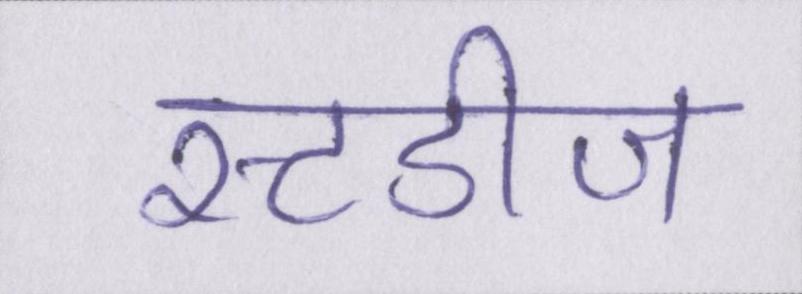
स्टडीज